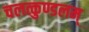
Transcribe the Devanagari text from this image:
चलत्कुण्डलम्